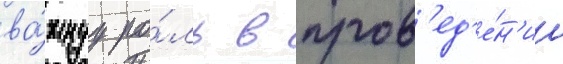
ва́жнуу ро́ль в пров'ед'е́н'ии